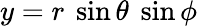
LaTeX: y=r~\sin\theta~\sin\phi